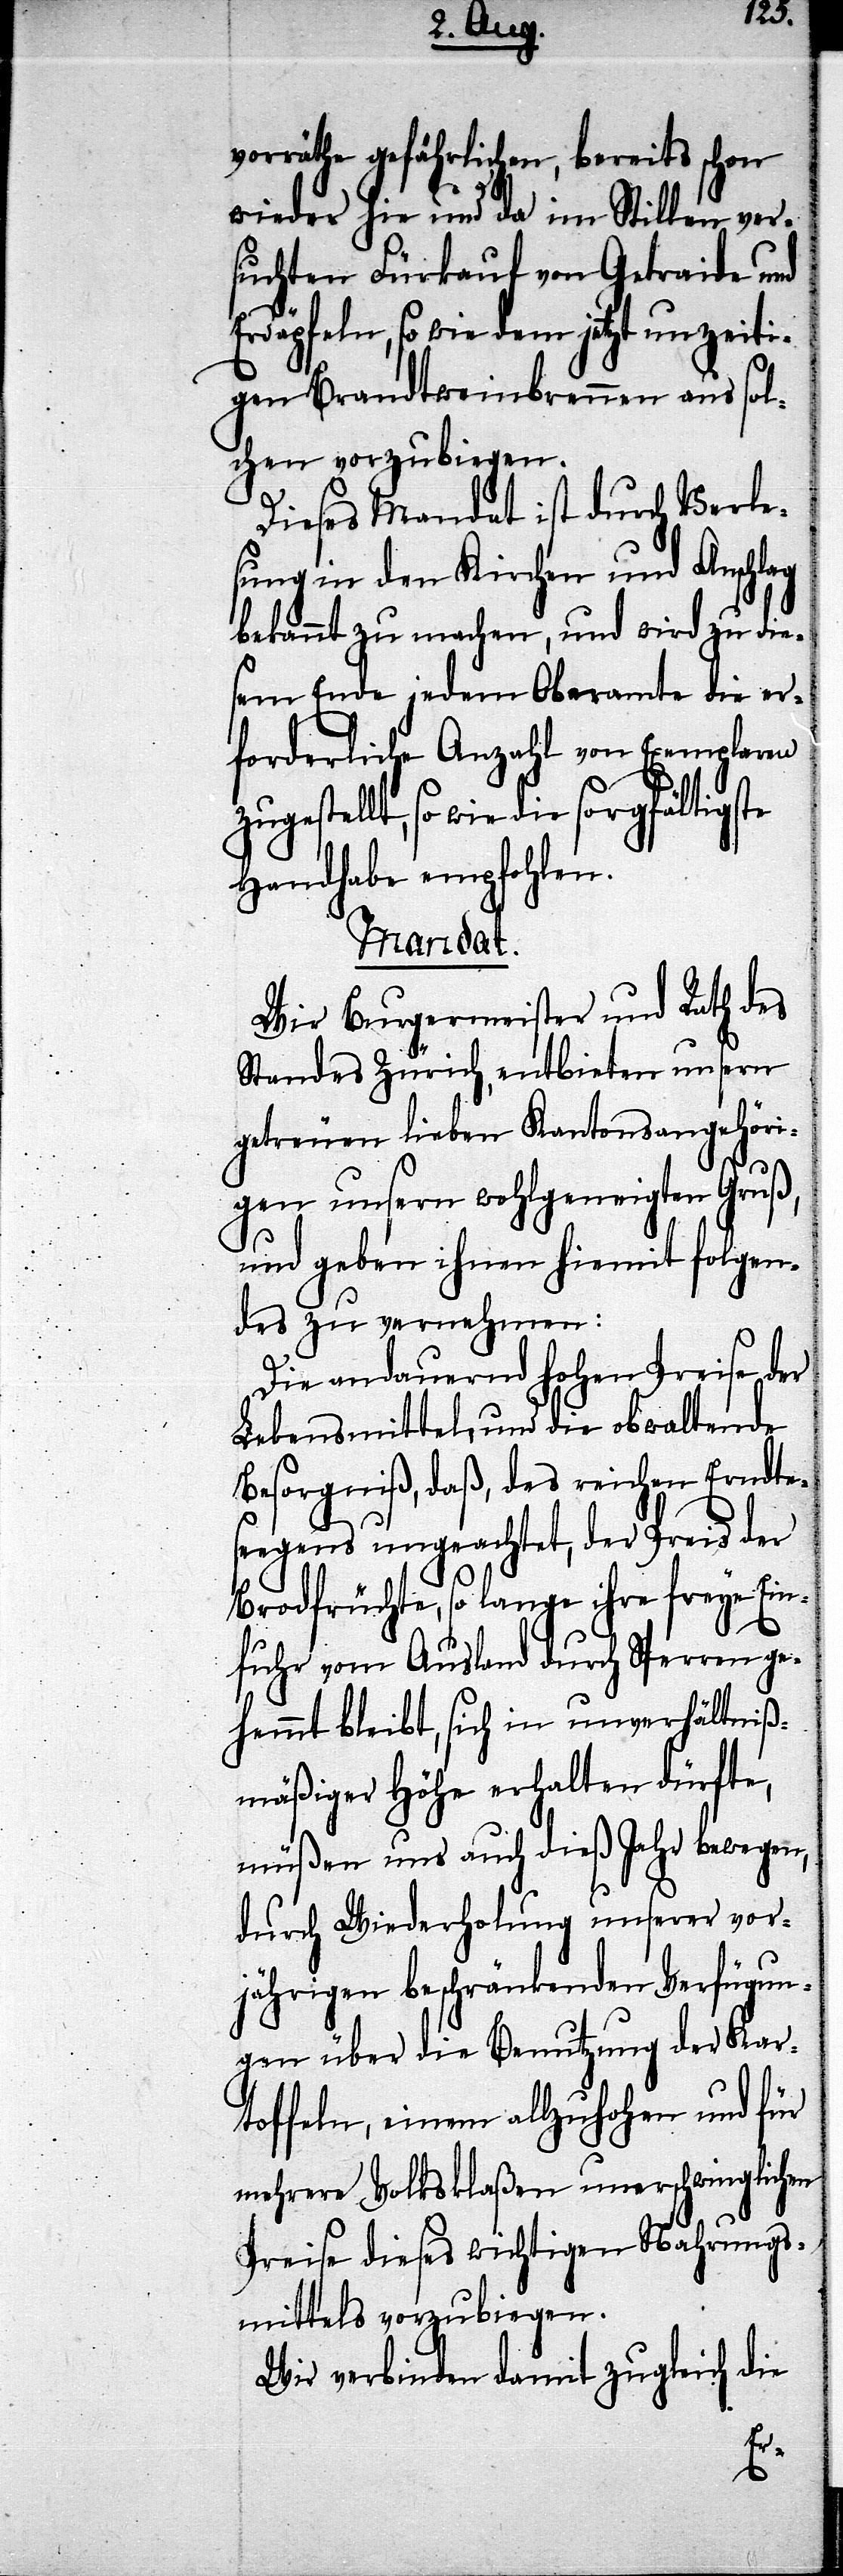
zug¬
vorräthe gefährlichen, bereits schon
wieder hie und da im Stillen ver¬
suchten Fürkauf von Getraide und
Erdäpfeln, so wie dem jetzt unzeiti¬
gen Brandtweinbrennen aus sol¬
chen vorzubiegen.
Dieses Mandat ist durch Verle¬
sung in den Kirchen und Anschlag
bekannt zu machen, und wird zu die¬
sem Ende jedem Oberamte die er¬
forderliche Anzahl von Exemplaren
estellt, so wie die sorgfältigste
Handhabe empfohlen.
Mandat.
Wir Burgermeister und Rath des
Standes Zürich, entbieten unsern
getreuen lieben Kantonsangehöri¬
gen unsern wohlgemeinten Gruß,
und geben ihnen hiemit folgen¬
des zu vernehmen:
Die andauernd hohen Preise der
Lebensmittel, und die obwaltende
Besorgniß, daß, des reichen Erndtes¬
eegens ungeachtet, der Preis der
Brodfrüchte, so lange ihre freye Ein¬
fuhr vom Ausland durch Sperren ge¬
hemmt bleibt, sich in unverhältniß¬
mäßiger Höhe erhalten dürfte,
müßen uns auch dieß Jahr bewegen,
durch Wiederholung unserer vor¬
jährigen beschränkenden Verfügun¬
gen über die Benutzung der Kar¬
toffeln, einem allzuhohen und für
mehrere Volksklaßen unerschwinglichen
Preise dieses wichtigen Nahrungs¬
mittels vorzubiegen.
Wir verbinden damit zugleich die